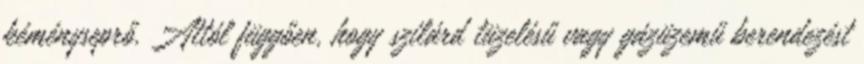
kéményseprő. Attól függően, hogy szilárd tüzelésű vagy gázüzemű berendezést